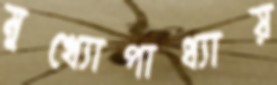
মুখ্যোপাধ্যায়